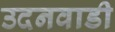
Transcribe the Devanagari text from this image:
उदनवाडी